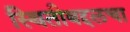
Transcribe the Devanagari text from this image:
स्थितीबद्दलचा